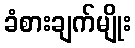
ခံစားချက်မျိုး